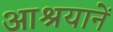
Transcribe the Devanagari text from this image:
आश्रयानें